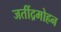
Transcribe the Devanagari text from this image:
जतींद्रमोहन